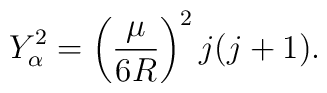
Y_\alpha^2= \left(\frac{\mu}{6R}\right)^2j(j+1).